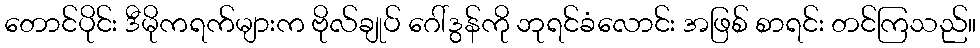
တောင်ပိုင်း ဒီမိုကရက်များက ဗိုလ်ချုပ် ဂေါ်ဒွန်ကို ဘုရင်ခံလောင်း အဖြစ် စာရင်း တင်ကြသည်။